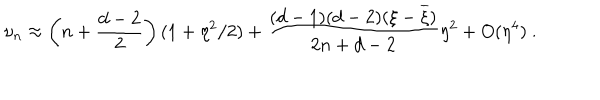
\nu _ { n } \approx \left( n + \frac { d - 2 } 2 \right) ( 1 + \eta ^ { 2 } / 2 ) + \frac { ( d - 1 ) ( d - 2 ) ( \xi - \overline { { { \xi } } } ) } { 2 n + d - 2 } \eta ^ { 2 } + O ( \eta ^ { 4 } ) \ .